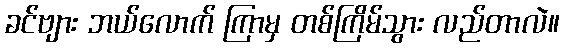
ခင်ဗျား ဘယ်လောက် ကြာမှ တစ်ကြိမ်သွား လည်တာလဲ။